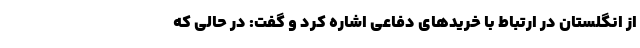
از انگلستان در ارتباط با خریدهای دفاعی اشاره کرد و گفت: در حالی که